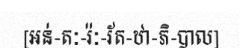
[អន់-តៈ-រ៉ៈ-រ័ត-ឋា-ភិ-បាល]